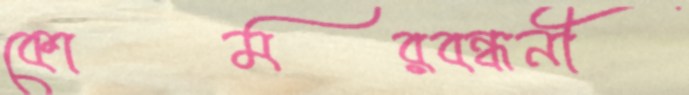
কোমরবন্ধনী